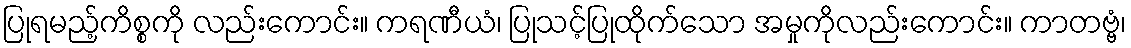
ပြုရမည့်ကိစ္စကို လည်းကောင်း။ ကရဏီယံ၊ ပြုသင့်ပြုထိုက်သော အမှုကိုလည်းကောင်း။ ကာတဗ္ဗံ၊